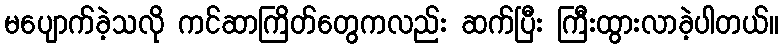
မပျောက်ခဲ့သလို ကင်ဆာကြိတ်တွေကလည်း ဆက်ပြီး ကြီးထွားလာခဲ့ပါတယ်။